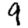
Digit: 9